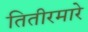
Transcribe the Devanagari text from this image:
तितीरमारे